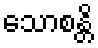
သောစန္တိ